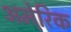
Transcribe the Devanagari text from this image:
अमेरि़क